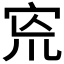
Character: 𡧬